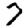
Digit: 7